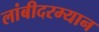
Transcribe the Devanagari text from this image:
लांबीदरम्यान